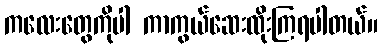
ကလေးတွေကိုပါ ကာကွယ်ဆေးထိုးကြရပါတယ်။